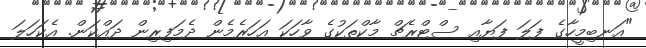
"އަނބިމީހާގެ ފަލަ ފަޔާއި ސްޓްރެޗް މާކްތަކުގެ ވާހަކަ އަހަރެމެން ދެމަފިރިން ދައްކަން. އެކަހަލަ